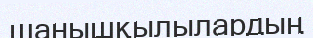
шанышқылылардың